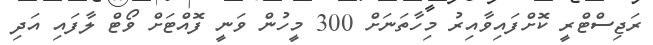
ރަޖިސްޓްރީ ކޮށްފައިވާއިރު މިހާތަނަށް 300 މީހުން ވަނީ ފޮއްޓަށް ވޯޓް ލާފައި އަދި